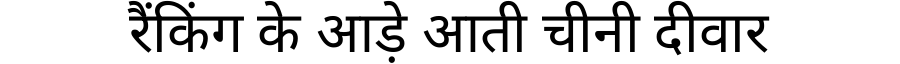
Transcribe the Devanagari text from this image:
रैंकिंग के आड़े आती चीनी दीवार